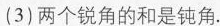
(3)两个锐角的和是钝角.